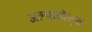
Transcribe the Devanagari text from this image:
अल्फाबेट्स